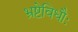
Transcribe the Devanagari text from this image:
भ्रष्टेविधौः